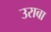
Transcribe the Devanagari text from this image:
उराबा